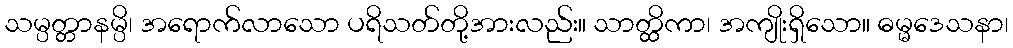
သမ္ပတ္တာနမ္ပိ၊ အရောက်လာသော ပရိသတ်တို့အားလည်း။ သာတ္ထိကာ၊ အကျိုးရှိသော။ ဓမ္မဒေသနာ၊